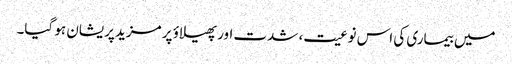
میں بیماری کی اس نوعیت، شدت اور پھیلاؤ پر مزید پریشان ہو گیا۔